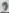
Text: 2